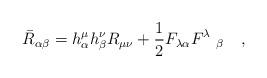
LaTeX: \begin{align*}\bar{R}_{\alpha\beta}=h_\alpha^\mu h_\beta^\nu R_{\mu\nu}+\frac 12F_{\lambda\alpha} F^\lambda~_\beta~~~,\end{align*}